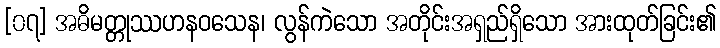
[၀၇] အဓိမတ္တုဿဟနဝသေန၊ လွန်ကဲသော အတိုင်းအရှည်ရှိသော အားထုတ်ခြင်း၏